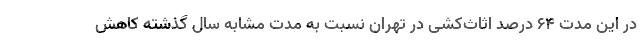
در این مدت ۶۴ درصد اثاث‌کشی در تهران نسبت به مدت مشابه سال گذشته کاهش